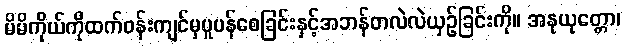
မိမိကိုယ်ကိုထက်ဝန်းကျင်မှပူပန်စေခြင်းနှင့်အဘန်တလဲလဲယှဉ်ခြင်းကို။ အနုယုတ္တော၊